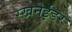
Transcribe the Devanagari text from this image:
स्खनेईडर